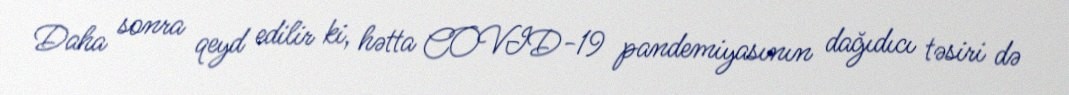
Daha sonra qeyd edilir ki, hətta COVID-19 pandemiyasının dağıdıcı təsiri də